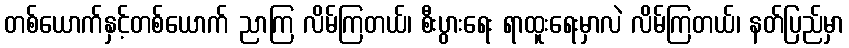
တစ်ယောက်နှင့်တစ်ယောက် ညာကြ လိမ်ကြတယ်၊ စီးပွားရေး ရာထူးရေးမှာလဲ လိမ်ကြတယ်၊ နတ်ပြည်မှာ